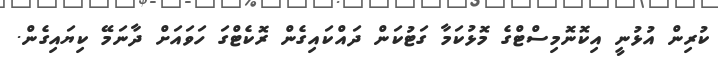
ކުރިން އުޅުނީ އިކޮނޮމިސްޓްގެ މޮޅުކަމާ ގަޓުކަން ދައްކައިގެން ރޮކެޓްގަ ހަވައަށް ދާނަމޭ ކިޔައިގެން.